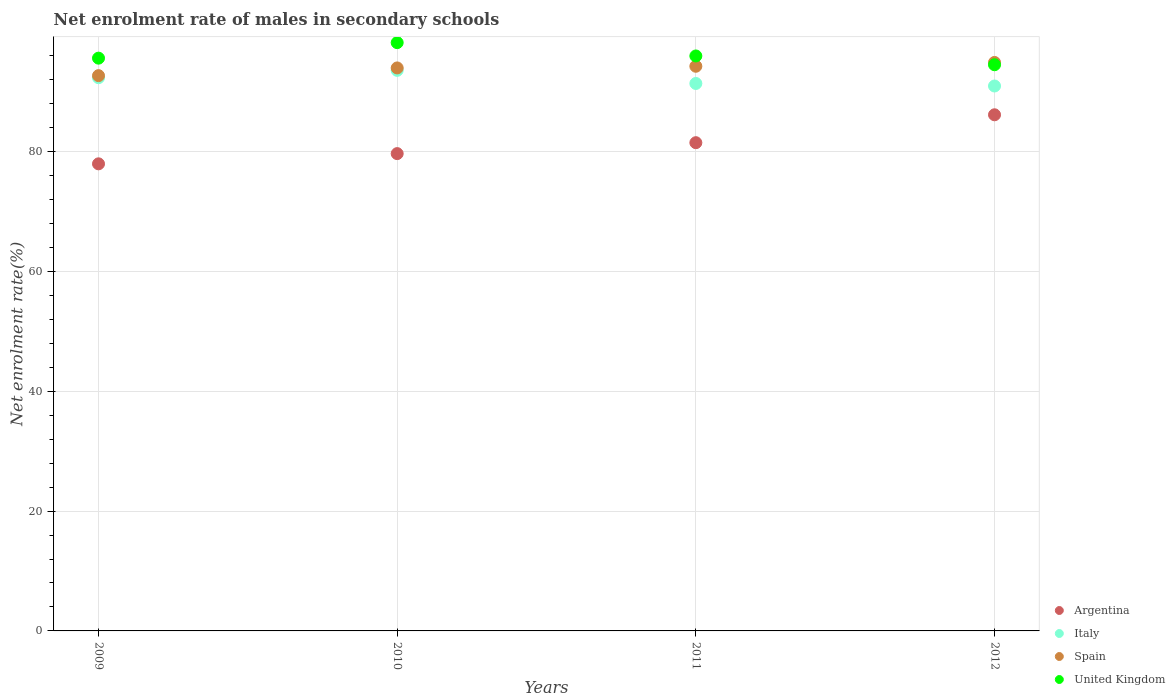
| Years | Argentina | Italy | Spain | United Kingdom |
 | --- | --- | --- | --- | --- |
 | 2009 | 78 | 92.3 | 92.7 | 95.6 |
 | 2010 | 79.7 | 93.6 | 94 | 98.2 |
 | 2011 | 81.5 | 91.4 | 94.3 | 96 |
 | 2012 | 86.2 | 91 | 94.9 | 94.5 |